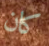
كان